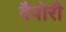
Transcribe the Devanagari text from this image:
वैपोरी